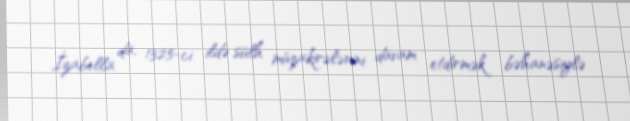
İzabella da, 1325-ci ildə sülh müzakirələrini davam etdirmək bəhanəsiylə